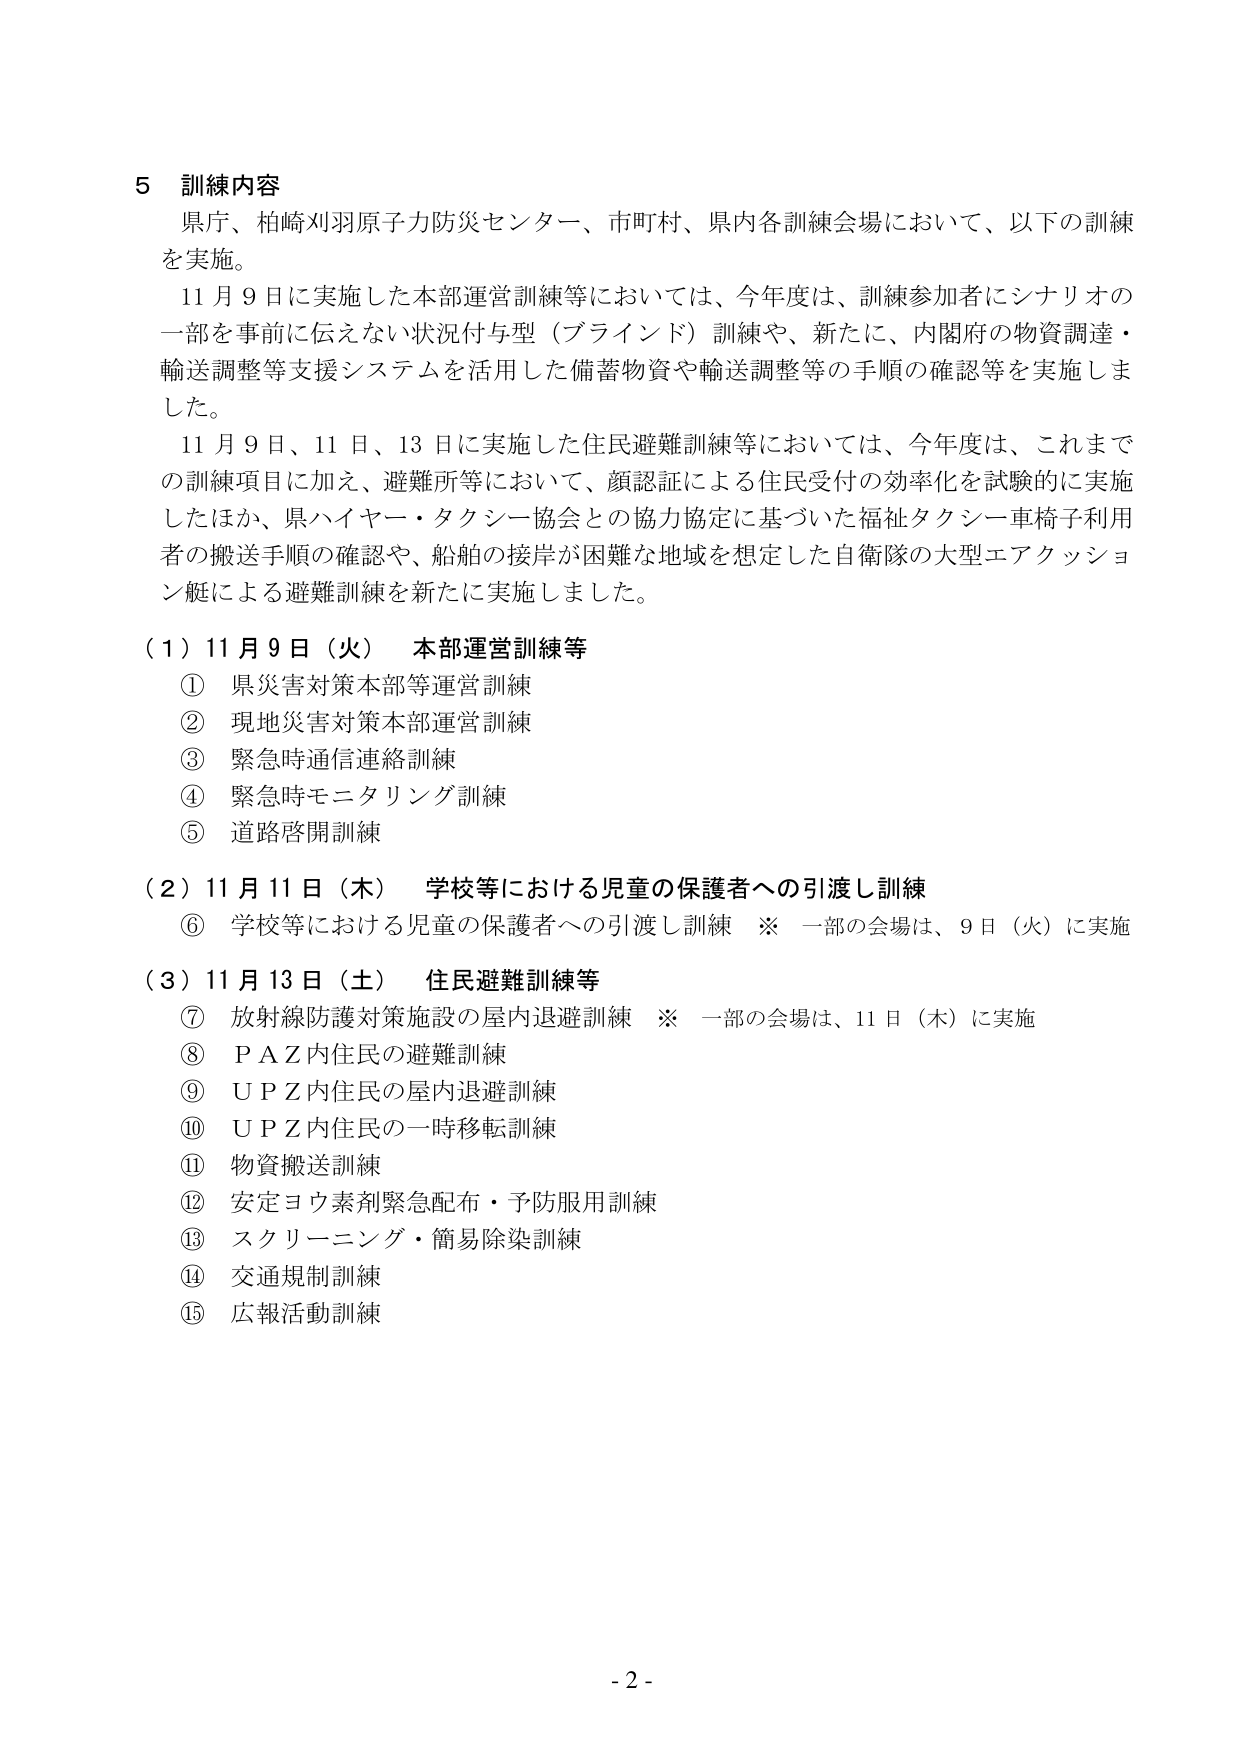
5 訓練内容
県庁、柏崎刈羽原子力防災センター、市町村、県内各訓練会場において、以下の訓練を実施。
11月9日に実施した本部運営訓練等においては、今年度は、訓練参加者にシナリオの一部を事前に伝えない状況付与型（ブラインド）訓練や、新たに、内閣府の物資調達・輸送調整等支援システムを活用した備蓄物資や輸送調整等の手順の確認等を実施しました。
11月9日、11日、13日に実施した住民避難訓練等においては、今年度は、これまでの訓練項目に加え、避難所等において、顔認証による住民受付の効率化を試験的に実施したほか、県ハイヤー・タクシー協会との協力協定に基づいた福祉タクシー車椅子利用者の搬送手順の確認や、船舶の接岸が困難な地域を想定した自衛隊の大型エアクッション艇による避難訓練を新たに実施しました。

（1）11月9日（火） 本部運営訓練等
① 県災害対策本部等運営訓練
② 現地災害対策本部運営訓練
③ 緊急時通信連絡訓練
④ 緊急時モニタリング訓練
⑤ 道路啓開訓練

（2）11月11日（木） 学校等における児童の保護者への引渡し訓練
⑥ 学校等における児童の保護者への引渡し訓練 ※ 一部の会場は、9日（火）に実施

（3）11月13日（土） 住民避難訓練等
⑦ 放射線防護対策施設の屋内退避訓練 ※ 一部の会場は、11日（木）に実施
⑧ PＡＺ内住民の避難訓練
⑨ ＵＰＺ内住民の屋内退避訓練
⑩ ＵＰＺ内住民の一時移転訓練
⑪ 物資搬送訓練
⑫ 安定ヨウ素剤緊急配布・予防服用訓練
⑬ スクリーニング・簡易除染訓練
⑭ 交通規制訓練
⑮ 広報活動訓練

- 2 -